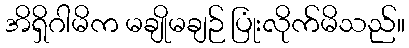
အိရှိဂါမိက မချိုမချဉ် ပြုံးလိုက်မိသည်။